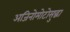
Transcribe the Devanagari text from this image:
अजिनोमोटोसुद्धा